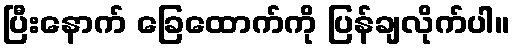
ပြီးနောက် ခြေထောက်ကို ပြန်ချလိုက်ပါ။